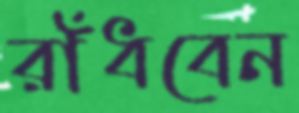
রাঁধবেন